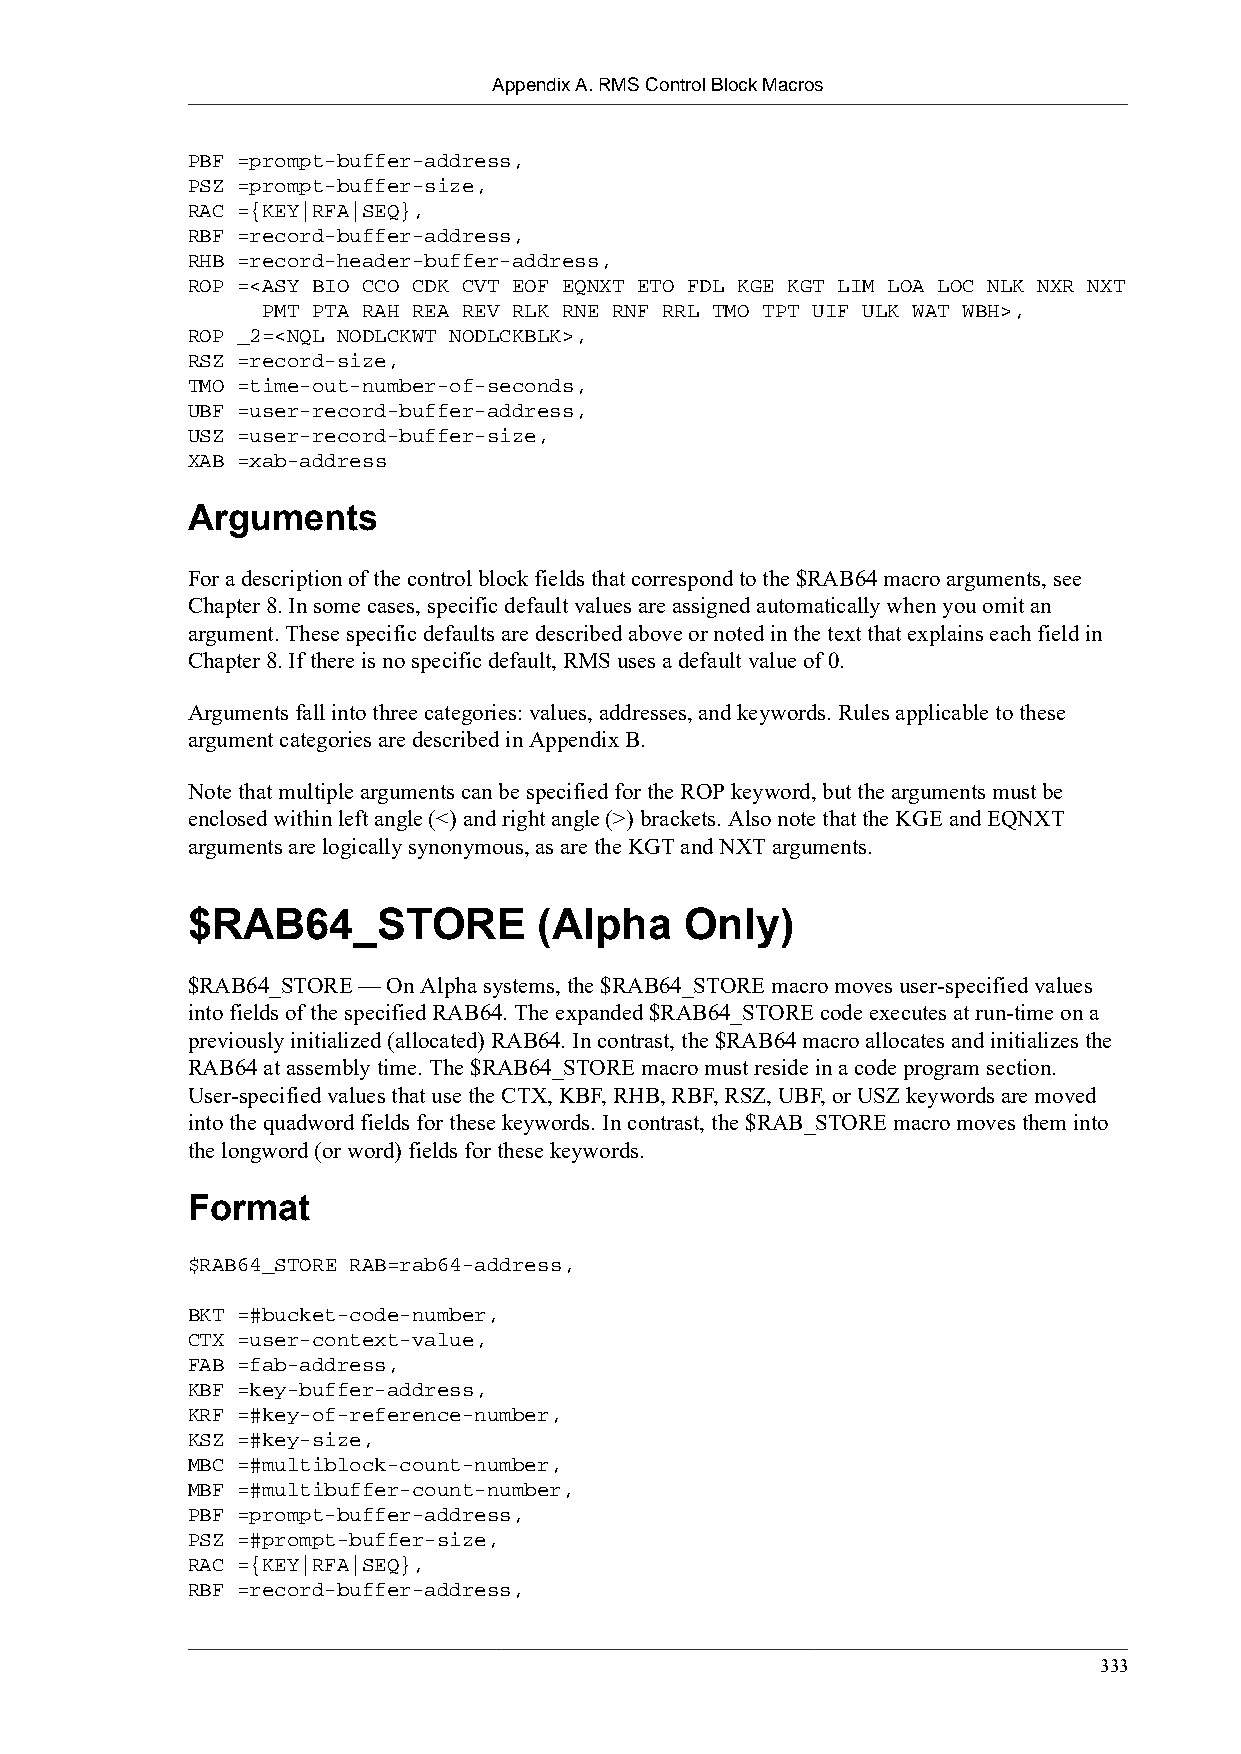
Appendix A. RMS Control Block Macros
 PBF =prompt-buffer-address,
 PSZ =prompt-buffer-size,
 RAC ={KEY|RFA|SEQ},
 RBF =record-buffer-address,
 RHB =record-header-buffer-address,
 ROP =<ASY BIO CCO CDK CVT EOF EQNXT ETO FDL KGE KGT LIM LOA LOC NLK NXR NXT
 PMT PTA RAH REA REV RLK RNE RNF RRL TMO TPT UIF ULK WAT WBH>,
 ROP _2=<NQL NODLCKWT NODLCKBLK>,
 RSZ =record-size,
 TMO =time-out-number-of-seconds,
 UBF =user-record-buffer-address,
 USZ =user-record-buffer-size,
 XAB =xab-address
 Arguments
 For a description of the control block fields that correspond to the $RAB64 macro arguments, see
 Chapter 8. In some cases, specific default values are assigned automatically when you omit an
 argument. These specific defaults are described above or noted in the text that explains each field in
 Chapter 8. If there is no specific default, RMS uses a default value of 0.
 Arguments fall into three categories: values, addresses, and keywords. Rules applicable to these
 argument categories are described in Appendix B.
 Note that multiple arguments can be specified for the ROP keyword, but the arguments must be
 enclosed within left angle (<) and right angle (>) brackets. Also note that the KGE and EQNXT
 arguments are logically synonymous, as are the KGT and NXT arguments.
 $RAB64_STORE            (Alpha   Only)
 $RAB64_STORE — On Alpha systems, the $RAB64_STORE macro moves user-specified values
 into fields of the specified RAB64. The expanded $RAB64_STORE code executes at run-time on a
 previously initialized (allocated) RAB64. In contrast, the $RAB64 macro allocates and initializes the
 RAB64 at assembly time. The $RAB64_STORE macro must reside in a code program section.
 User-specified values that use the CTX, KBF, RHB, RBF, RSZ, UBF, or USZ keywords are moved
 into the quadword fields for these keywords. In contrast, the $RAB_STORE macro moves them into
 the longword (or word) fields for these keywords.
 Format
 $RAB64_STORE RAB=rab64-address,
 BKT =#bucket-code-number,
 CTX =user-context-value,
 FAB =fab-address,
 KBF =key-buffer-address,
 KRF =#key-of-reference-number,
 KSZ =#key-size,
 MBC =#multiblock-count-number,
 MBF =#multibuffer-count-number,
 PBF =prompt-buffer-address,
 PSZ =#prompt-buffer-size,
 RAC ={KEY|RFA|SEQ},
 RBF =record-buffer-address,
 333